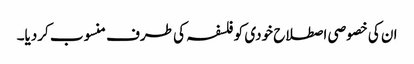
ان کی خصوصی اصطلاح خودی کو فلسفہ کی طرف منسوب کردیا۔